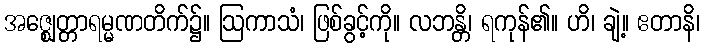
အဇ္ဈေတ္တာရမ္မဏတိက်၌။ ဩကာသံ၊ ဖြစ်ခွင့်ကို။ လဘန္တိ၊ ရကုန်၏။ ဟိ၊ ချဲ့။ ဧတာနိ၊